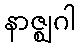
နာဇ္ဈဂါ